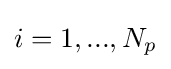
i=1,...,N_{p}